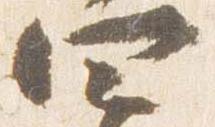
四